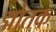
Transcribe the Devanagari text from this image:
द्मोतक